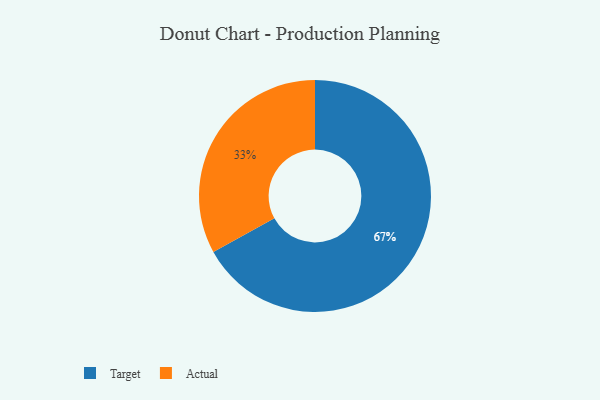
{"axis": {"x": "Category", "y": "Percentage"}, "legend": ["Actual", "Target"], "data": [{"x": "Actual", "y": 33, "type": "Actual"}, {"x": "Target", "y": 67, "type": "Target"}]}